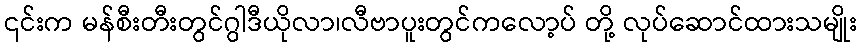
၎င်းက မန်စီးတီးတွင်ဂွါဒီယိုလာ၊လီဗာပူးတွင်ကလော့ပ် တို့ လုပ်ဆောင်ထားသမျိုး